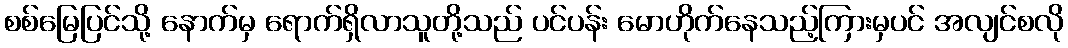
စစ်မြေပြင်သို့ နောက်မှ ရောက်ရှိလာသူတို့သည် ပင်ပန်း မောဟိုက်နေသည့်ကြားမှပင် အလျင်စလို